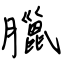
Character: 臘